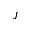
J